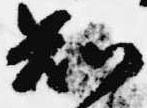
知